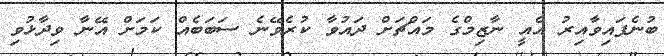
ބުނެފައިވާއިރު އެއީ ނާޒިމްގެ މައްޗަށް ދައުވާ ކުރެވޭނެ ސަބަބެއް ކަމަށް އޭނާ ވިދާޅުވި